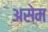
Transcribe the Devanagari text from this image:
असेम